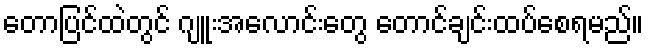
တောပြင်ထဲတွင် ဂျူးအလောင်းတွေ တောင်ချင်းထပ်စေရမည်။